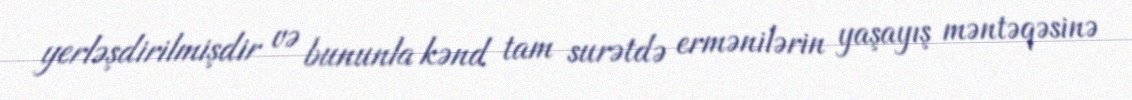
yerləşdirilmişdir və bununla kənd tam surətdə ermənilərin yaşayış məntəqəsinə